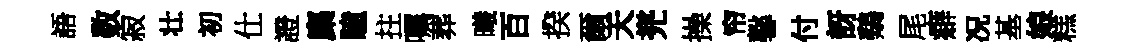
語数寂壮初仕證麋瞳拄嘱葬曦百揆爾天兠操帘馨付訝鷄尾癖况基娘糕